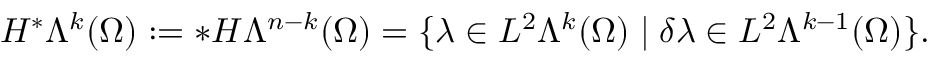
H ^ { \ast } \Lambda ^ { k } ( \Omega ) : = \ast H \Lambda ^ { n - k } ( \Omega ) = \{ \lambda \in L ^ { 2 } \Lambda ^ { k } ( \Omega ) \mid \delta \lambda \in L ^ { 2 } \Lambda ^ { k - 1 } ( \Omega ) \} .